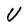
Character: U